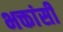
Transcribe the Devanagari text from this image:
भक्तांसी